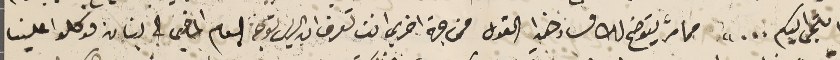
التجى اليكم..." مما مرَّ يتوضح لك فساد هذا القول من جهة اخرى انت تعرف ان الريس توجةَ العام الماضي الى لبنان فوكلوا علينا